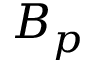
B _ { p }